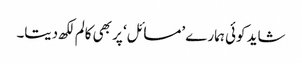
شاید کوئی ہمارے ’مسائل‘ پر بھی کالم لکھ دیتا۔